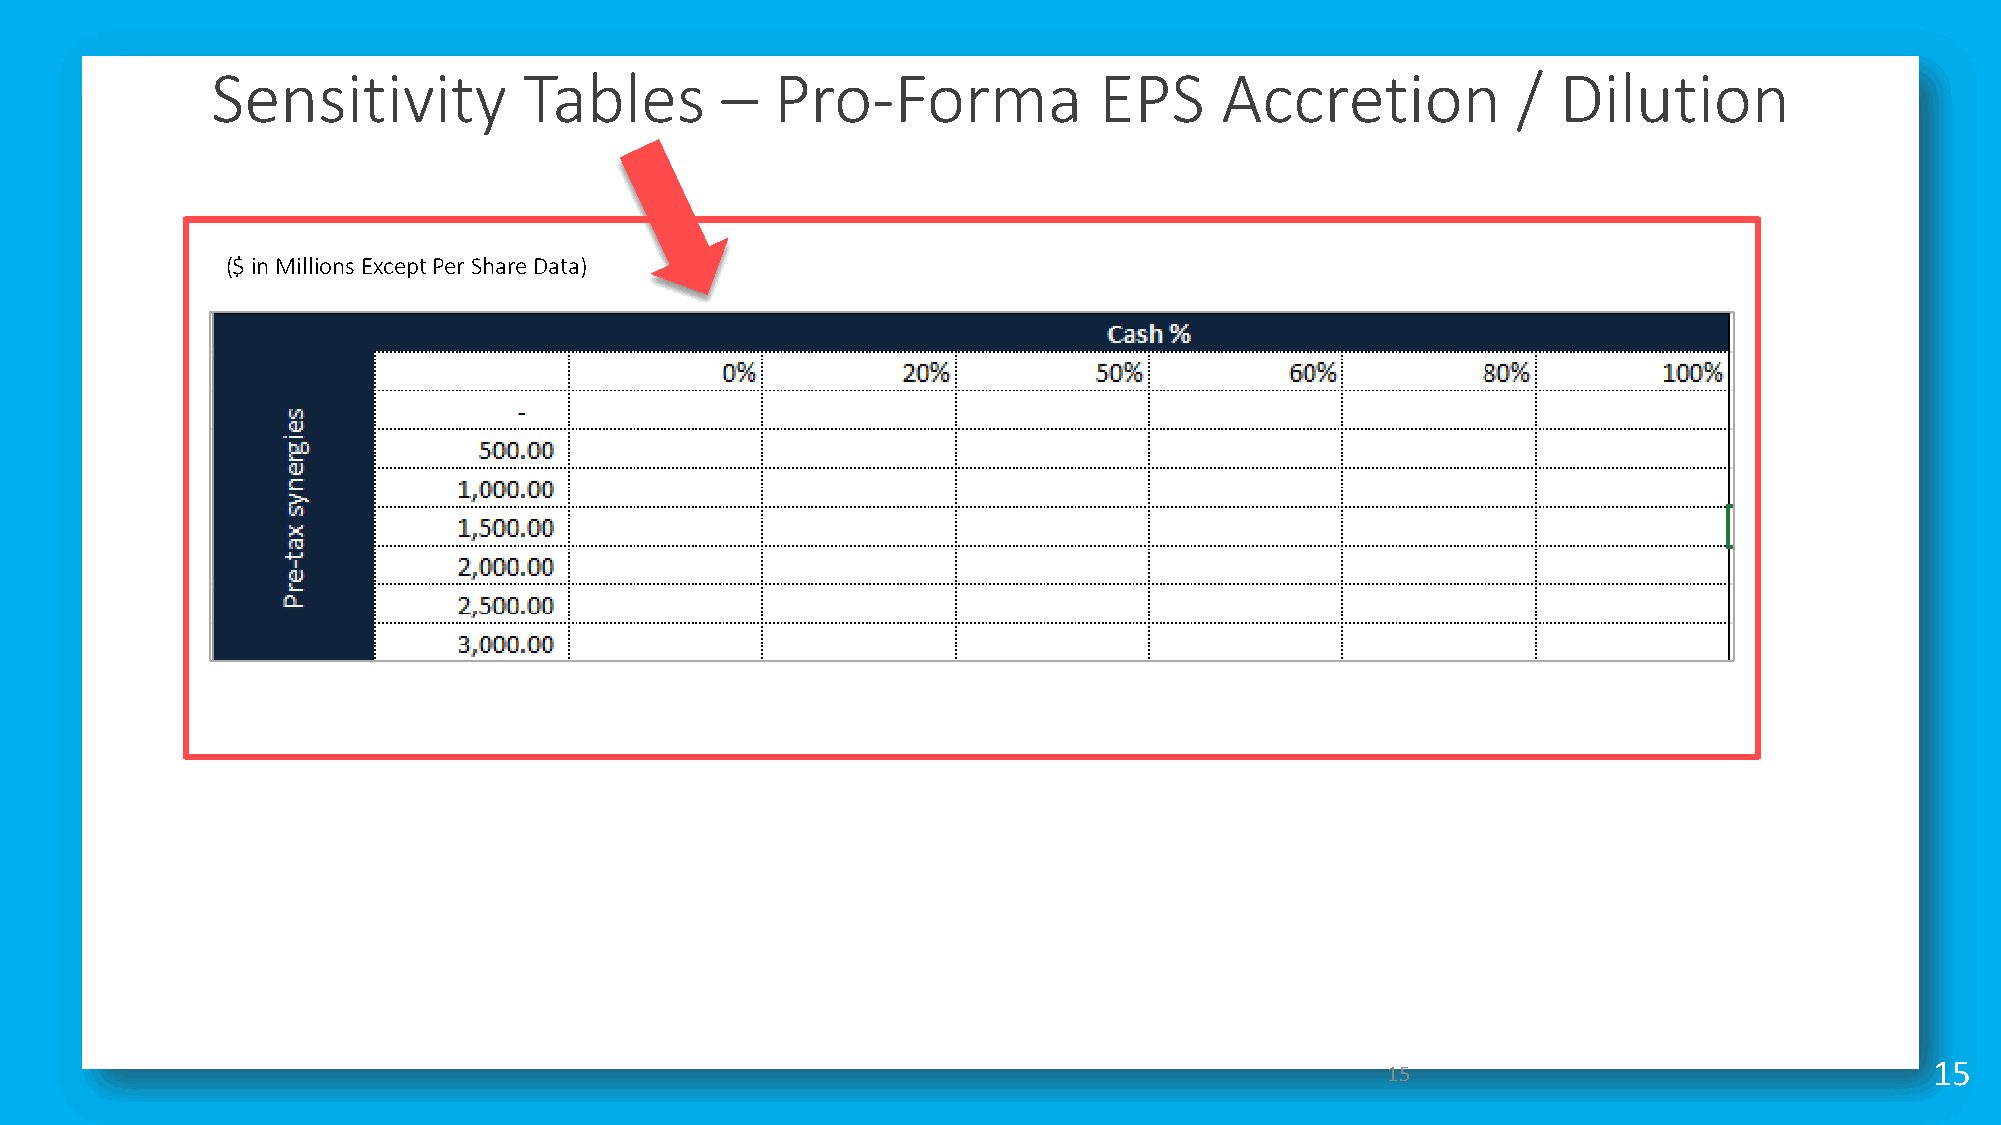
Sensitivity          Tables       –  Pro-Forma             EPS     Accretion          /  Dilution
 ($ in Millions Except Per Share Data)
 15                                  15